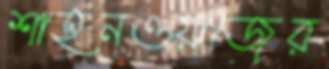
শাহনওয়াজের